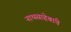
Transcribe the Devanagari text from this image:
नाथसाहेबांचे